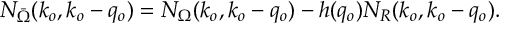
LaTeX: N _ { \bar { \Omega } } ( k _ { o } , k _ { o } - q _ { o } ) = N _ { \Omega } ( k _ { o } , k _ { o } - q _ { o } ) - h ( q _ { o } ) N _ { R } ( k _ { o } , k _ { o } - q _ { o } ) .